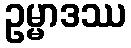
ဥမ္မာဒဿ